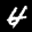
Label: 4